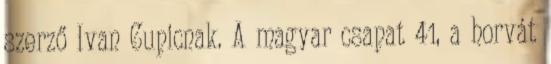
szerző Ivan Cupicnak. A magyar csapat 41, a horvát